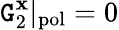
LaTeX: \mathtt{G}_{2}^{\mathbf{x}}|_{\mathrm{{pol}}}=0